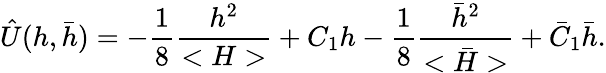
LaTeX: \hat{U}(h,\bar{h})=-{\frac{1}{8}}{\frac{h^{2}}{<H>}}+C_{1}h-{\frac{1}{8}}{\frac{\bar{h}^{2}}{<\bar{H}>}}+\bar{C}_{1}\bar{h}.